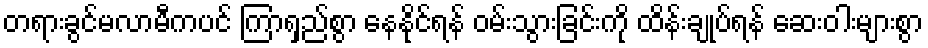
တရားခွင်မလာမီကပင် ကြာရှည်စွာ နေနိုင်ရန် ဝမ်းသွားခြင်းကို ထိန်းချုပ်ရန် ဆေးဝါးများစွာ